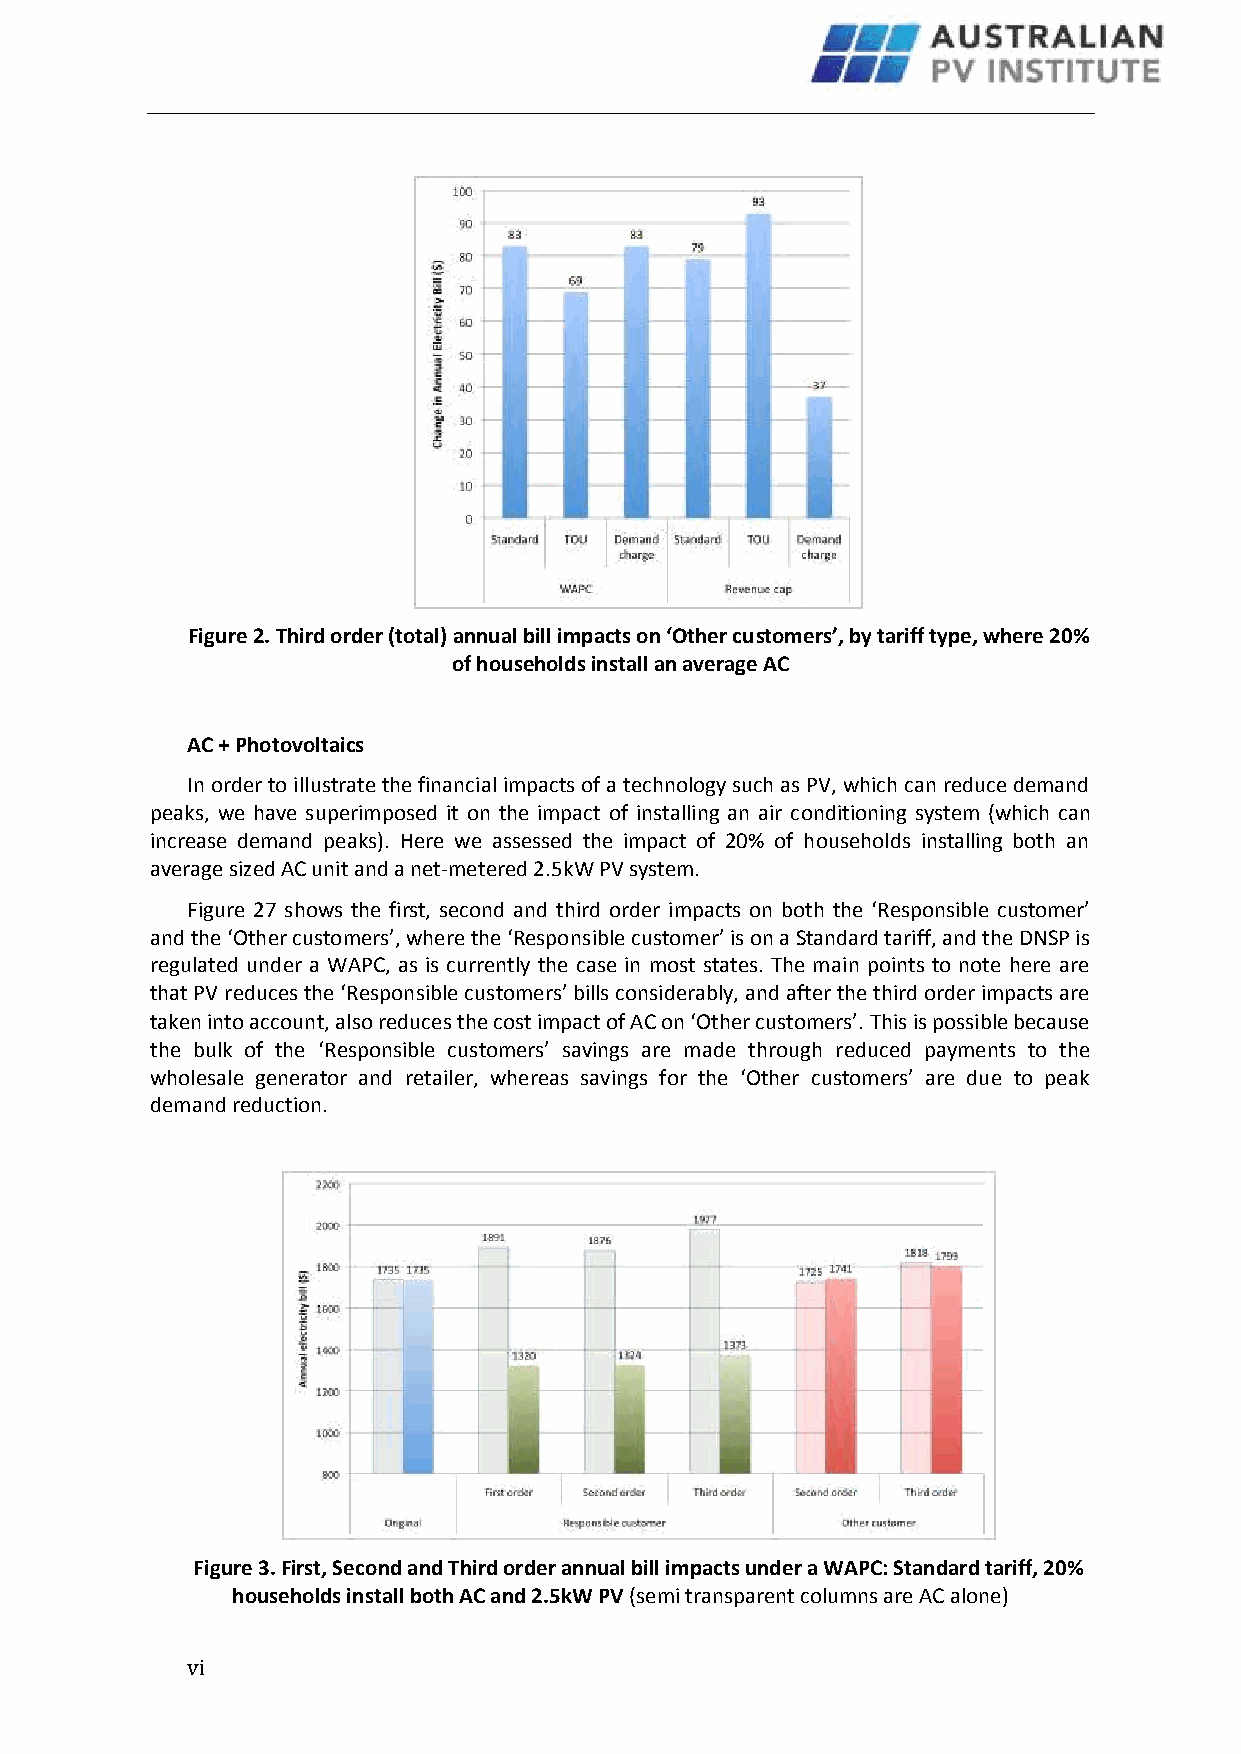
Figure 2. Third order (total) annual bill impacts on ‘Other customers’, by tariff type, where 20%
 of households install an average AC
 AC + Photovoltaics
 In order to illustrate the financial impacts of a technology such as PV, which can reduce demand
 peaks, we have superimposed it on the impact of installing an air conditioning system (which can
 increase demand peaks). Here we assessed the impact of 20% of households installing both an
 average sized AC unit and a net-metered 2.5kW PV system.
 Figure 27 shows the first, second and third order impacts on both the ‘Responsible customer’
 and the ‘Other customers’, where the ‘Responsible customer’ is on a Standard tariff, and the DNSP is
 regulated under a WAPC, as is currently the case in most states. The main points to note here are
 that PV reduces the ‘Responsible customers’ bills considerably, and after the third order impacts are
 taken into account, also reduces the cost impact of AC on ‘Other customers’. This is possible because
 the bulk of the ‘Responsible customers’ savings are made through reduced payments to the
 wholesale generator and retailer, whereas savings for the ‘Other customers’ are due to peak
 demand reduction.
 Figure 3. First, Second and Third order annual bill impacts under a WAPC: Standard tariff, 20%
 households install both AC and 2.5kW PV (semi transparent columns are AC alone)
 v i